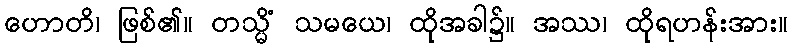
ဟောတိ၊ ဖြစ်၏။ တသ္မိံ သမယေ၊ ထိုအခါ၌။ အဿ၊ ထိုရဟန်းအား။